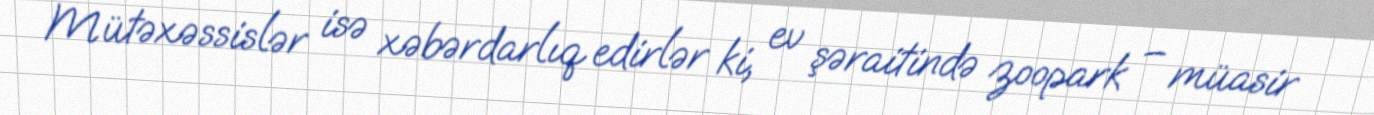
Mütəxəssislər isə xəbərdarlıq edirlər ki, ev şəraitində zoopark – müasir